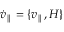
\dot { v } _ { \parallel } = \{ v _ { \parallel } , H \}